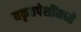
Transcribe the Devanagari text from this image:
यकृतपेशींमध्ये